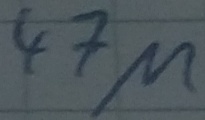
Text: 47µ